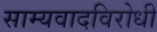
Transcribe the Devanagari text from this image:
साम्यवादविरोधी